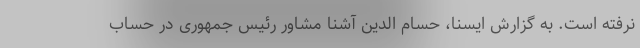
نرفته‌ است. به گزارش ایسنا، حسام الدین آشنا مشاور رئیس جمهوری در حساب